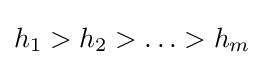
h_{1}>h_{2}>\ldots >h_{m}